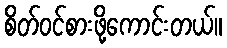
စိတ်ဝင်စားဖို့ကောင်းတယ်။